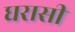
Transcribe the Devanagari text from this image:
घरासी